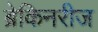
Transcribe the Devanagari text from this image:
ब्रेकिनरीज